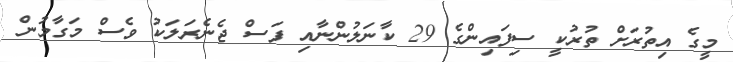
މީގެ އިތުރަށް ތުރުކީ ސިފައިންގެ 29 ކާނަލުންނާއި ފަސް ޖެނެރަލަކު ވެސް މަގާމުން